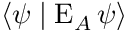
\langle \psi \mid \operatorname { E } _ { A } \psi \rangle